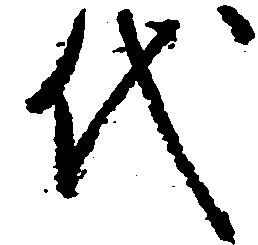
代